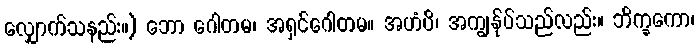
လျှောက်သနည်း။) ဘော ဂေါတမ၊ အရှင်ဂေါတမ။ အဟံပိ၊ အကျွန်ုပ်သည်လည်း။ ဘိက္ခကော၊